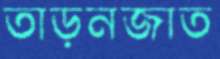
তাড়নজাত